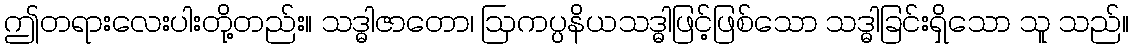
ဤတရားလေးပါးတို့တည်း။ သဒ္ဓါဇာတော၊ ဩကပ္ပနိယသဒ္ဓါဖြင့်ဖြစ်သော သဒ္ဓါခြင်းရှိသော သူ သည်။